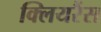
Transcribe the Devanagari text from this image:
क्लियरैंस